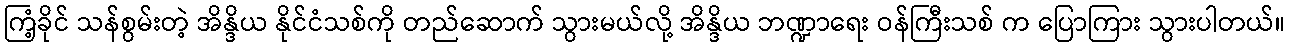
ကြံ့ခိုင် သန်စွမ်းတဲ့ အိန္ဒိယ နိုင်ငံသစ်ကို တည်ဆောက် သွားမယ်လို့ အိန္ဒိယ ဘဏ္ဍာရေး ဝန်ကြီးသစ် က ပြောကြား သွားပါတယ်။